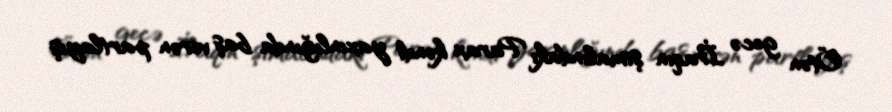
Ötən gecə İraqın şimalındakı Parax kəndi yaxınlığında baş verən partlayış